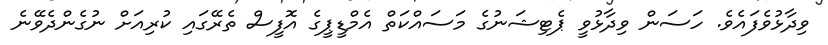
ވިދާޅުވެފައެވެ. ހަސަން ވިދާޅުވީ ޕެޓިޝަނުގެ މަސައްކަތް އެމްޑީޕީގެ އޮފީސް ތެރޭގައި ކުރިއަށް ނުގެންދެވޭނެ